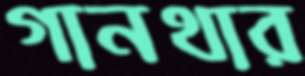
গানথার